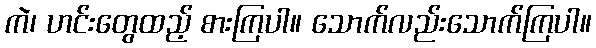
ကဲ၊ ဟင်းတွေထည့် စားကြပါ။ သောက်လည်းသောက်ကြပါ။